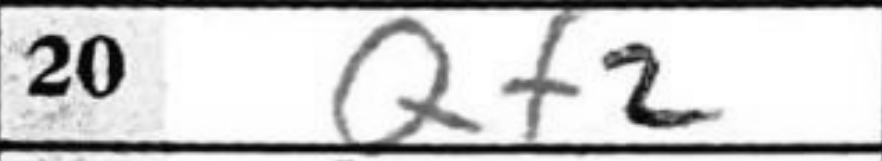
Transcription: Qf2